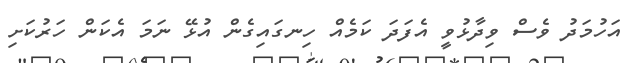
އަހުމަދު ވެސް ވިދާޅުވީ އެފަދަ ކަމެއް ހިނގައިގެން އުޅޭ ނަމަ އެކަން ހަރުކަށި